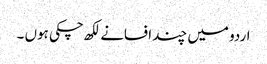
اردو میں چند افسانے لکھ چکی ہوں ۔